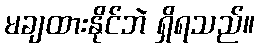
မချထားနိုင်ဘဲ ရှိရသည်။